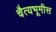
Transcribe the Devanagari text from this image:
चैत्यभूमीस